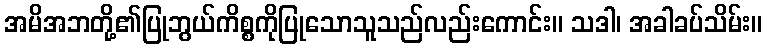
အမိအဘတို့၏ပြုဘွယ်ကိစ္စကိုပြုသောသူသည်လည်းကောင်း။ သဒါ၊ အခါခပ်သိမ်း။